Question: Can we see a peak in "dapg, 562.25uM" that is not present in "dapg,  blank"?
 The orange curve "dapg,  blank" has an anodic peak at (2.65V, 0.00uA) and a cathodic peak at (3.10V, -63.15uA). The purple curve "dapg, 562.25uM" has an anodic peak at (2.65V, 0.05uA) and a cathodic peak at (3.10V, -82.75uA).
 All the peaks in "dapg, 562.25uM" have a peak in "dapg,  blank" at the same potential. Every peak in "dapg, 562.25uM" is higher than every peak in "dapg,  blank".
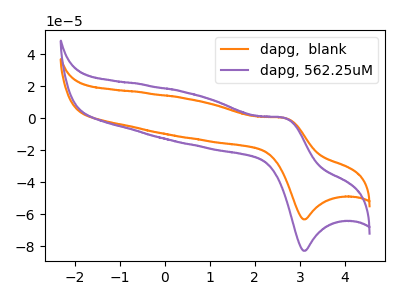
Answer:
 <answer>No, "dapg, 562.25uM" and "dapg,  blank" don't appear to be significantly different in shape</answer>
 <eval>no_change</eval>